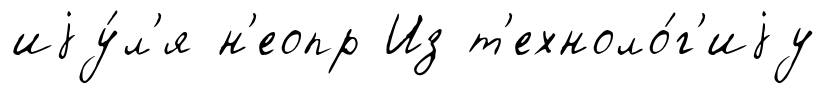
иjу́л'я н'еопр Из т'ехноло́г'иjу